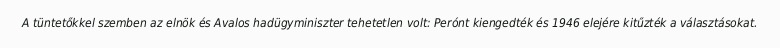
A tüntetőkkel szemben az elnök és Avalos hadügyminiszter tehetetlen volt: Perónt kiengedték és 1946 elejére kitűzték a választásokat.